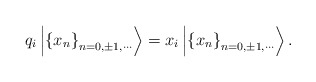
\begin{align*}q_i\left| \left\{ x_n\right\} _{n=0,\pm 1,\cdots }\right\rangle =x_i\left|\left\{ x_n\right\} _{n=0,\pm 1,\cdots }\right\rangle . \end{align*}